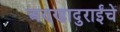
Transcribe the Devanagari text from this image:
अण्णादुराईंचे